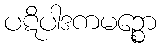
ပဋိပါဒကမဉ္စော